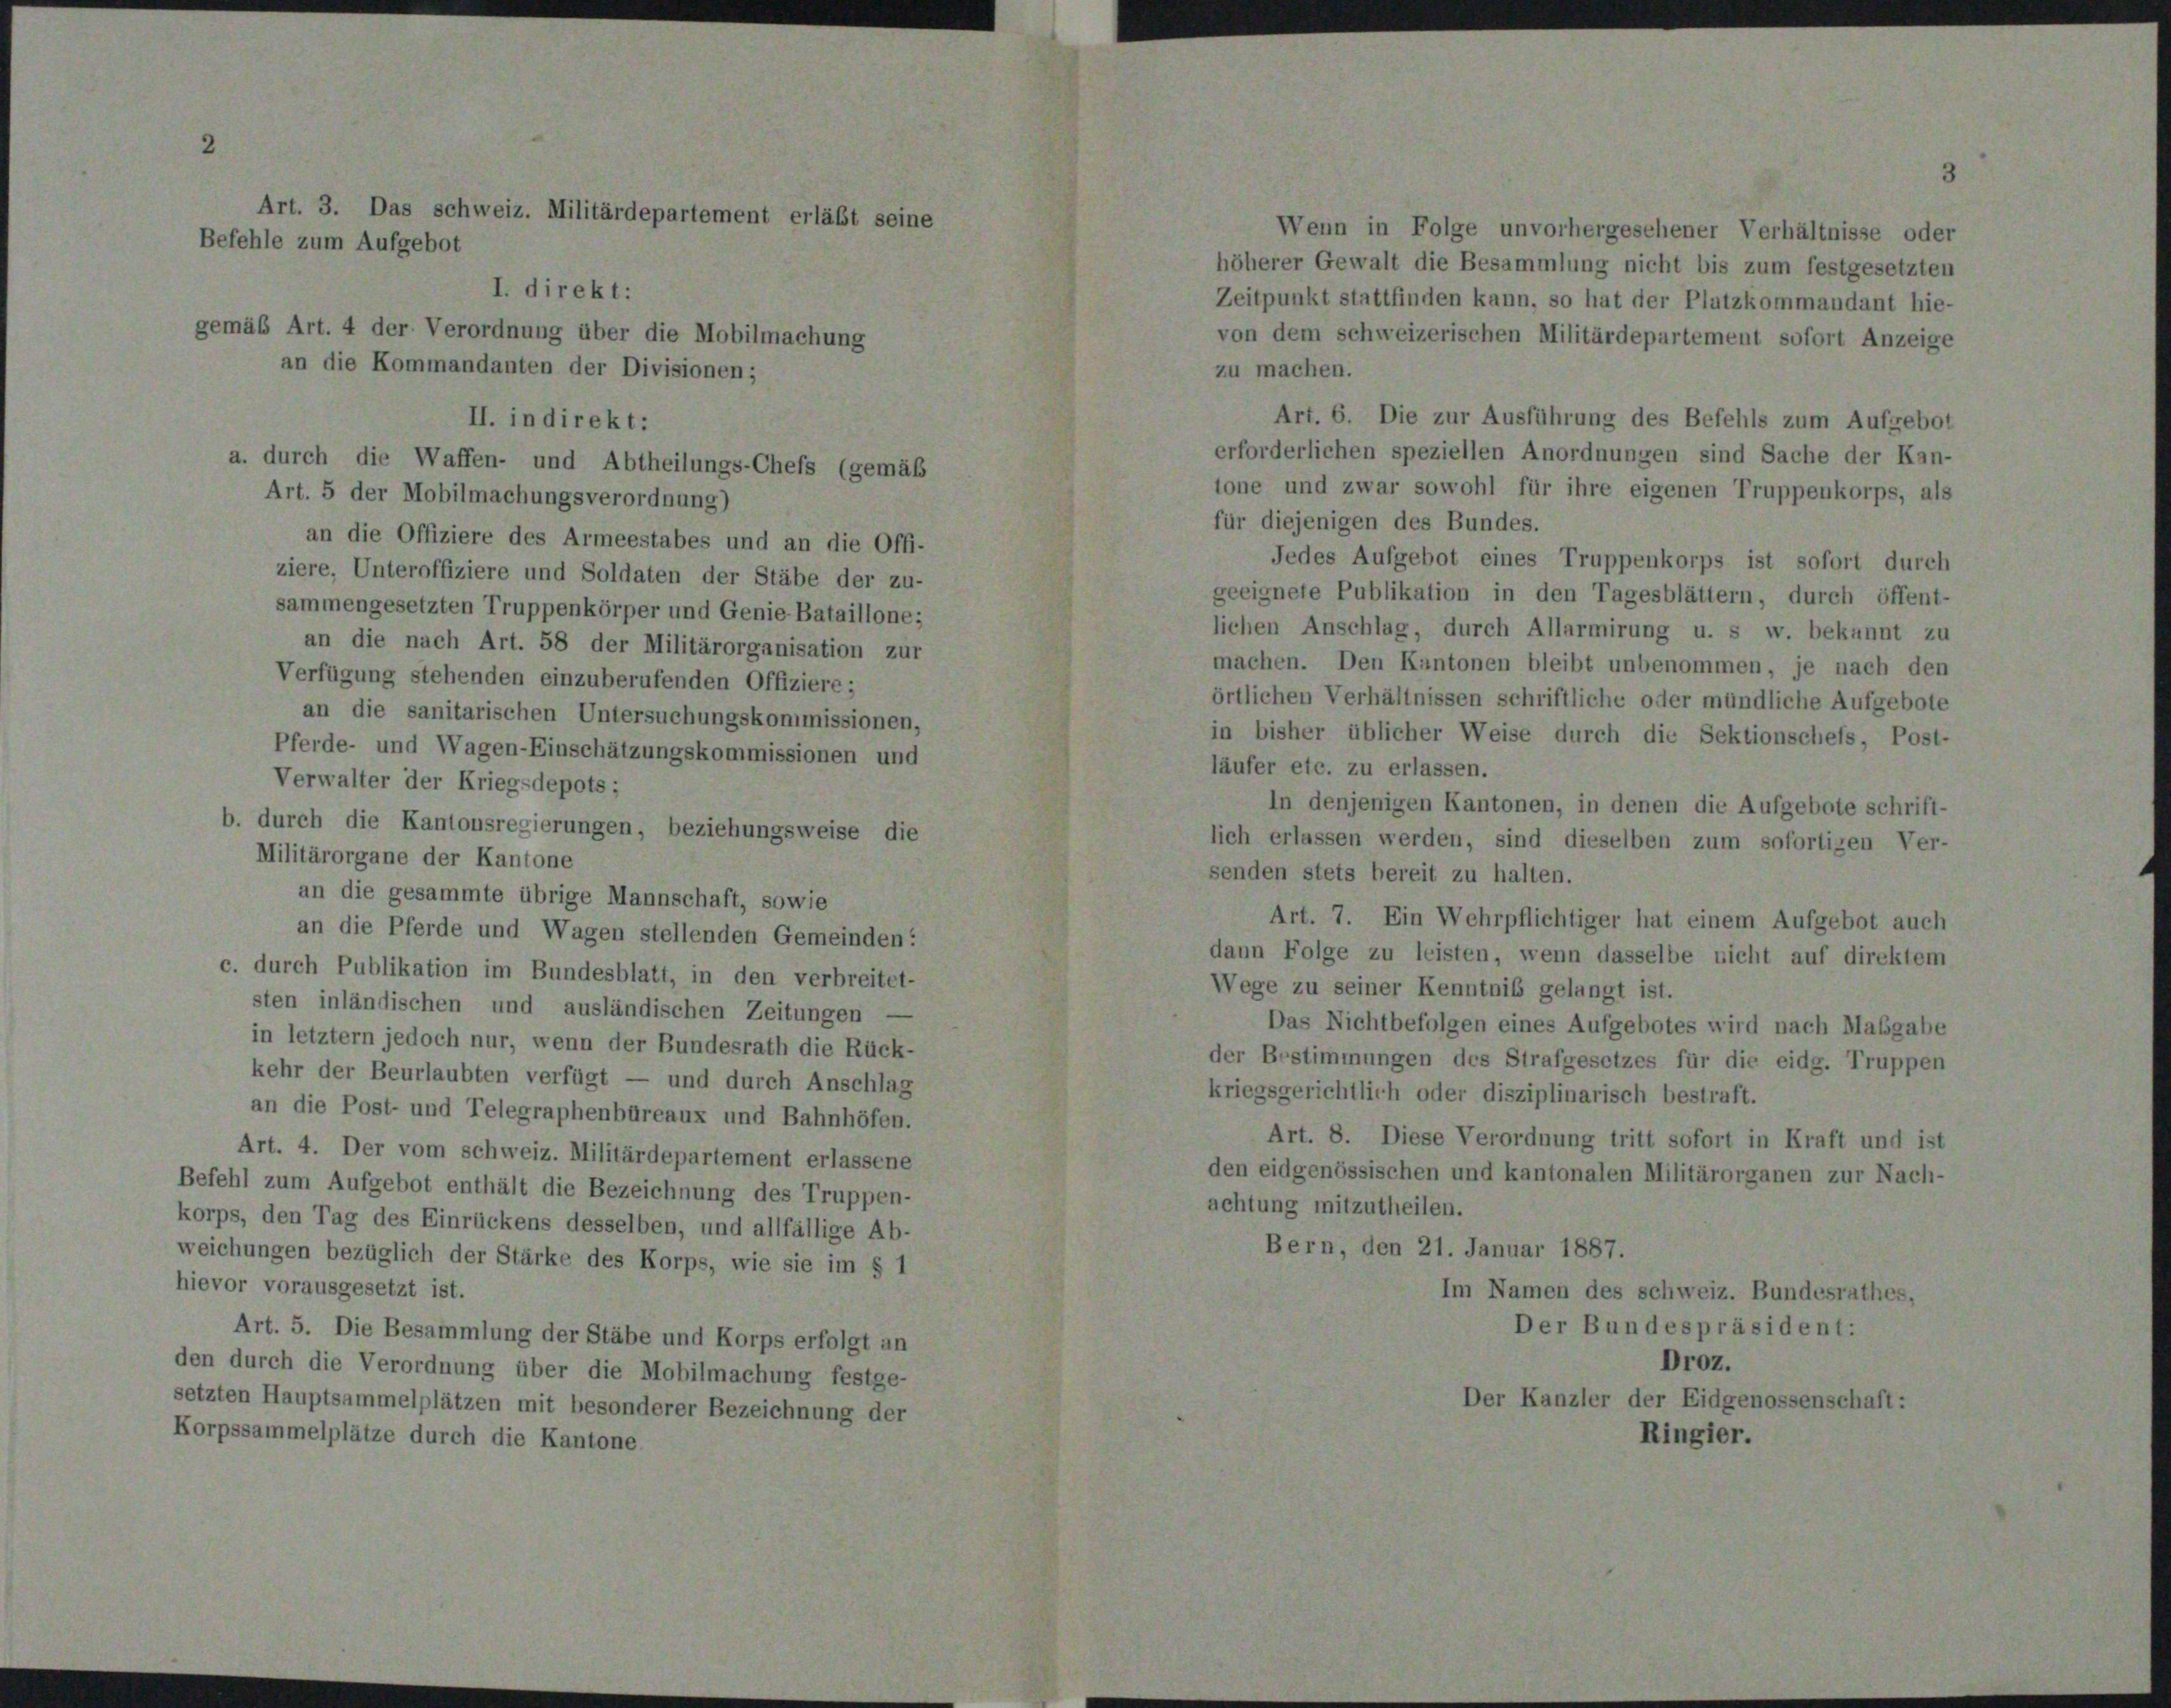
rt

Art. 4 der Verordnung über die Mobilma
an die Kommandanten der Divisionen;
II. in direkt:
lurch die Waffen- und Abtheilungs-Che
Art. 5 der Mobilmachungsverordnung)

an die Offiziere des Armeestabes und an die Offi-
ziere, Unteroffiziere und Soldaten der Stäbe der zu-
sammengesetzten Truppenkörper und Genie-Bataillone;
an die nach Art. 58 der Militärorganisation zur
Verfügung stehenden einzuberufenden Offiziere;
an die sanitarischen Untersuchungskommissionen,
Pferde- und Wagen-Einschätzungskommissionen und
Verwalter der Kriegsdepots;

Das

b. durch die Kantonsregierungen, beziehungsweise die
Militärorgane der Kantone
an die gesammte übrige Mannschaft, sowie
an die Pferde und Wagen stellenden Gemeinden:
c. durch Publikation im Bundesblatt, in den verbreitet-
sten inländischen und ausländischen Zeitungen
in letztem jedoch nur, wenn der Bundesrath die Rück-
kehr der Beurlaubten verfügt — und durch Anschlag
an die Post- und Telegraphenbüreaux und Bahnhöfen.
Art. 4. Der vom schweiz. Militärdepartement erlassene
Befehl zum Aufgebot enthält die Bezeichnung des Truppen-
korps, den Tag des Einrückens desselben, und allfällige Ab-
weichungen bezüglich der Stärke des Korps, wie sie im § 1
hievor vorausgesetzt ist.
Art. 5. Die Besammlung der Stäbe und Korps erfolgt an
den durch die Verordnung über die Mobilmachung festge-
setzten Hauptsammelplätzen mit besonderer Bezeichnung der
Korpssammelplätze durch die Kantone

Folge u.

lt die Besammlung nich
n kann, so hat der Plat

cher

Verhäl

Art. 6. Die zur Ausführung des Befehls zum Aufgebot
erforderlichen speziellen Anordnungen sind Sache der Kan-
tone und zwar sowohl für ihre eigenen Truppenkorps, als
für diejenigen des Bundes.
Jedes Aufgebot eines Truppenkorps ist sofort durch
geeignete Publikation in den Tagesblättern, durch öffent-
lichen Anschlag, durch Allarmirung u. s w. bekannt zu
machen. Den Kantonen bleibt unbenommen, je nach den
örtlichen Verhältnissen schriftliche oder mündliche Aufgebote
in bisher üblicher Weise durch die Sektionschefs, Post-
läufer etc. zu erlassen.
In denjenigen Kantonen, in denen die Aufgebote schrift-
lich erlassen werden, sind dieselben zum sofortigen Ver-
senden stets bereit zu halten.
Art. 7. Ein Wehrpflichtiger hat einem Aufgebot auch
dann Folge zu leisten, wenn dasselbe nicht auf direktem
Wege zu seiner Kenntniß gelangt ist.
Das Nichtbefolgen eines Aufgebotes wird nach Mabgabe
der Bestimmungen des Strafgesetzes für die eidg. Truppen
kriegsgerichtlich oder disziplinarisch bestraft.
Art. 8. Diese Verordnung tritt sofort in Kraft und ist
den eidgenössischen und kantonalen Militärorganen zur Nach-
achtung mitzutheilen.
Bern, den 21. Januar 1887.
Im Namen des schweiz. Bundesrathes,
Der Bundespräsident: